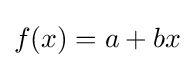
f(x)=a+bx